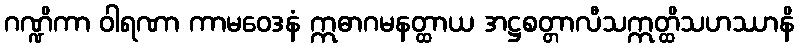
ဂဏ္ဍိကာ ဝါရဏာ ကာမဝေဒနံ ဣဓာဂမနတ္ထာယ အဋ္ဌစတ္တာလီသဣတ္ထိသဟဿာနိ